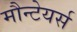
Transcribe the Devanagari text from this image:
मौन्टेयर्स